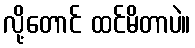
လို့တောင် ထင်မိတာပဲ။